King Institute of Preventive Medicine Micro-Biological Section reports 1912-19
Year: 1912
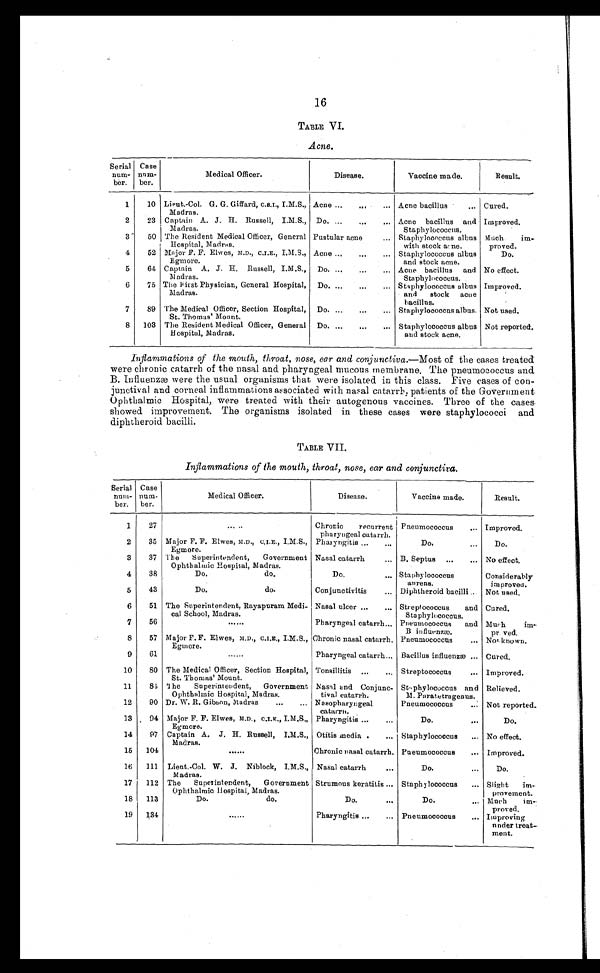
16
TABLE VI.
Acne.
Serial
num-
ber.
Case
num-
ber.
Medical Officer.
Disease.
Vaccine made.
Result.
1
10 Lieut.-Col. G. G. Giffard, C.S.I., I.M.S.,
Madras.
Acne . . . Acne bacillus . . . Cured.
2
23 Captain A. J. H. Russell, I.M.S.,
Madras.
Do. . . . Acne bacillus and
Staphylococcus.
Improved.
3
50 The Resident Medical Officer, General
Hospital, Madras.
Pustular acne . . . Staphylococcus albus
with stock acne.
Much im-
proved.
4
52 Major F. F. Elwes, M.D., C.I.E., I.M.S.,
Egmore.
Acne . . . Staphylococcus albus
and stock acne.
Do.
5
64 Captain A. J. H. Russell, I.M.S.,
Madras.
Do. . . . Acne bacillus and
Staphylococcus.
No effect.
6
75 The first Physician, General Hospital,
Madras.
Do. . . . Staphylococcus albus
and stock acne
bacillus.
Improved.
7
89 The Medical Officer, Section Hospital,
St. Thomas' Mount.
Do. . . . Staphylococcus albus. Not used.
8
103 The Resident Medical Officer, General
Hospital, Madras.
Do. . . . Staphylococcus albus
and stock acne.
Not reported.
Inflammations of the mouth, throat, nose, ear and conjunctiva.— Most of the cases treated
were chronic catarrh of the nasal and pharyngeal mucous membrane. The pneumococcus and
B. Influenzæ were the usual organisms that were isolated in this class. Five cases of con
-junctival and corneal inflammations associated with nasal catarrh, patients of the Government
Ophthalmic Hospital, were treated with their autogenous vaccines. Three of the cases.
showed improvement. The organisms isolated in these cases were staphylococci and
diphtheroid bacilli.
TABLE VII.
Inflammations of the mouth, throat, nose, ear and conjunctiva.
Serial
num-
ber.
Case
num-
ber.
Medical Officer.
Disease.
Vaccine made.
Result.
1
27
. . .
Chronic recurrent
pharyngeal catarrh.
Pneumococcus . . .
Improved.
2
35 Major F. F. Elwes, M.D., C.I.E., I.M.S.,
Egmore.
Pharyngitis . . .
Do. . . .
Do.
3
37 The Superintendent, Government
Ophthalmic Hospital, Madras.
Nasal catarrh . . . B. Septus . . . No effect.
4
38
Do.
do.
Do. . . . Staphylococcus
aurens.
Considerably
improved.
5
43
Do.
do.
Conjunctivitis . . . Diphtheroid bacilli . . .
Not used.
6
51 The Superintendent, Rayapuram Medi-
cal School, Madras.
Nasal ulcer . . . Streptococcus and
Staphylococcus.
Cured.
7
56
. . .
Pharyngeal catarrh . . . Pneumococcus and
B influenzæ.
Much im
-
proved.
8
57 Major F. F. Elwes, M.D., C.I.E., I.M.S.,
Egmore.
Chronic nasal catarrh. Pneumococcus . . . Not known.
9
61
. . .
Pharyngeal catarrh . . . Bacillus influenzæ . . . Cured.
10
80 The Medical Officer, Section Hospital,
St. Thomas' Mount.
Tonsillitis . . . Streptococcus . . . Improved.
11
84 The Superintendent, Government
Ophthalmic Hospital, Madras.
Nasal and Conjunc-
tival catarrh.
Staphylococcus and
M. Paratetragenus.
Relieved.
12
90 Dr. W. R. Gibson, Madras . . . Nasopharyngeal
catarrh.
Pneumococcus . . . Not reported.
13 94 Major F. F. Elwes, M.D., C.I.E., I.M.S.,
Egmore.
Pharyngitis . . .
Do. . . .
Do.
14
97 Captain A. J. H. Russell, I.M.S.,
Madras.
Otitis media . . . Staphylococcus . . .
No effect.
15
104
. . .
Chronic nasal catarrh. Pneumococcus . . . Improved.
16
111 Lieut-Col. W. J. Niblock, I.M.S.,
Madras.
Nasal catarrh . . .
Do. . . .
Do.
17
112 The Superintendent, Government
Ophthalmic Hospital, Madras.
Strumous keratitis . . . Staphylococcus . . . Slight im
-
provement.
18
113
Do.
do.
Do. . . .
Do. . . . Much im-
proved.
19
134
. . .
Pharyngitis . . . Pneumococcus . . . Improving
under treat
-
ment.